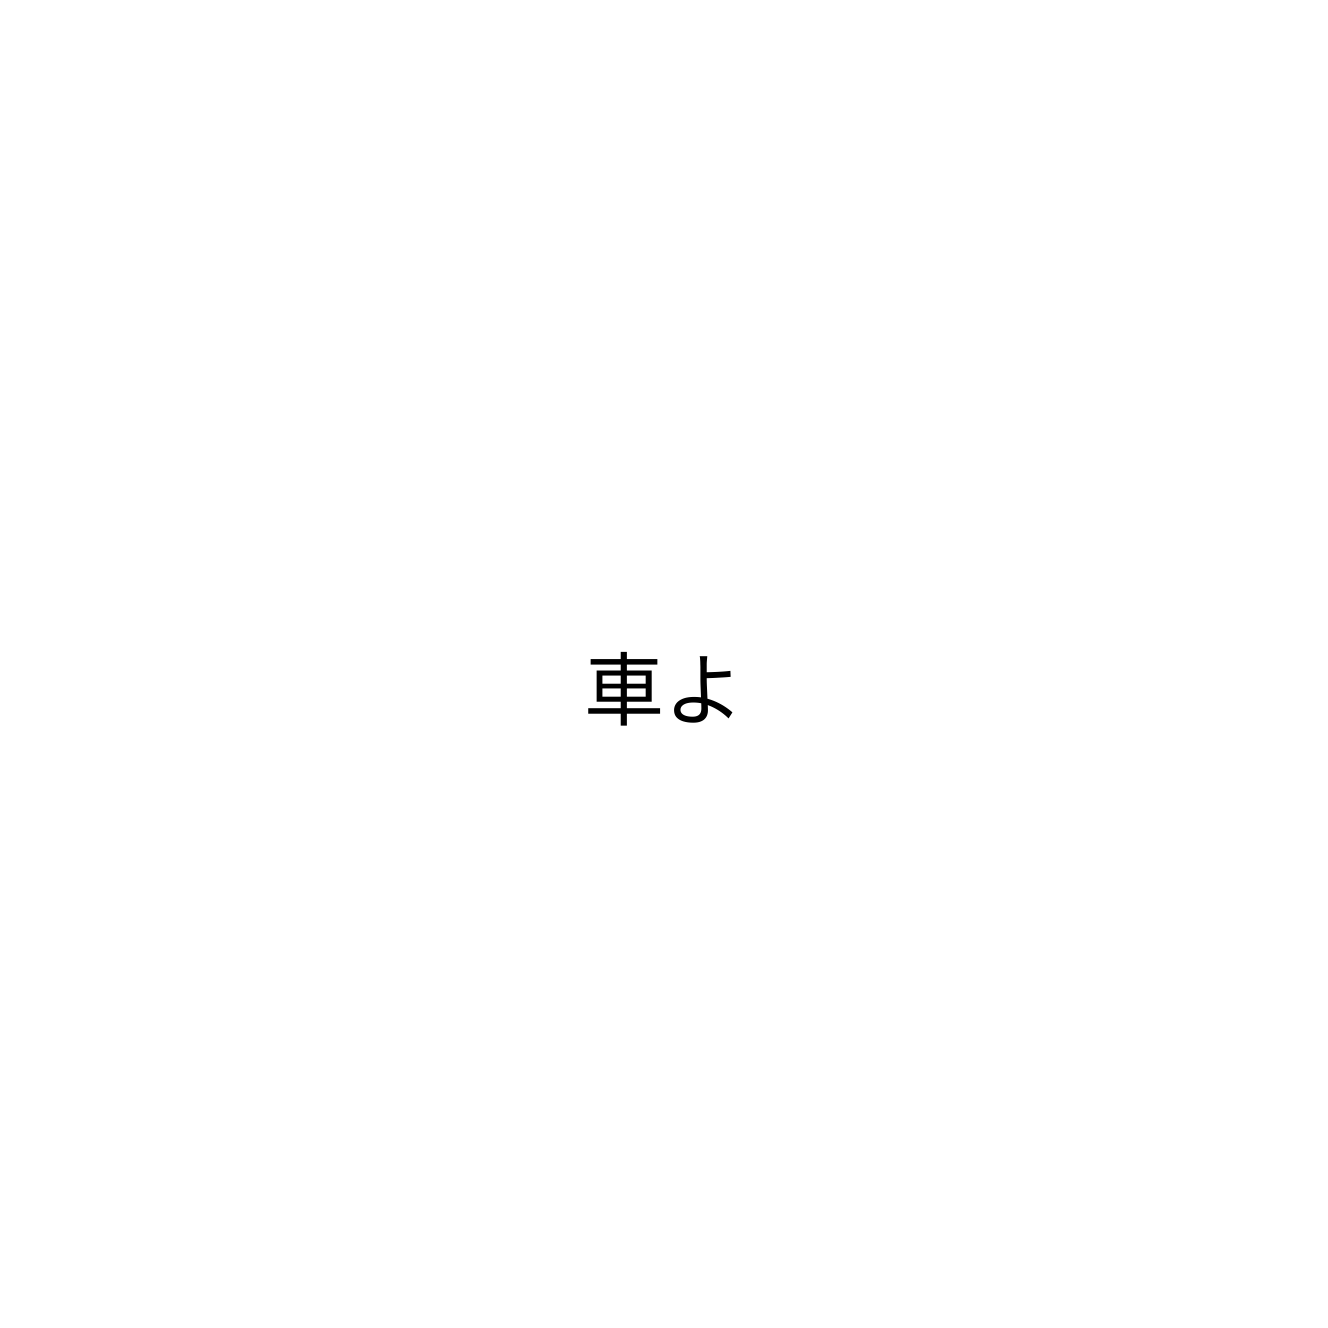
車よ